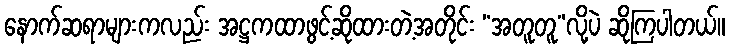
နောက်ဆရာများကလည်း အဋ္ဌကထာဖွင့်ဆိုထားတဲ့အတိုင်း “အတူတူ”လို့ပဲ ဆိုကြပါတယ်။